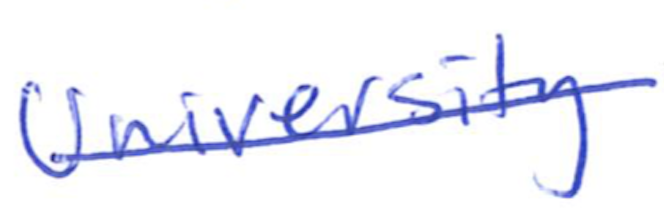
Text: University
Cross-out: single-line
Writing tool: ballpoint